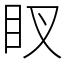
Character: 䀑